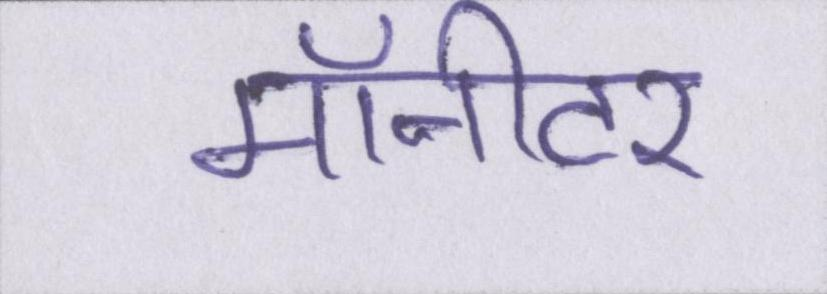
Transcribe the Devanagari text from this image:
मॉनीटर